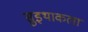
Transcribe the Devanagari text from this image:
सुइथाकला